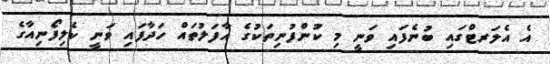
އެ އެލަރޓްގައި ބުނެފައި ވަނީ މި ކުންފުނިތަކުގެ އާފަލުތައް ހަދާފައި ވަނީ ކެލިފޯނިއާގެ